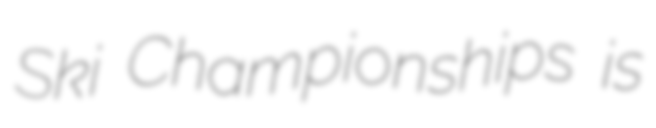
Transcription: Ski Championships is